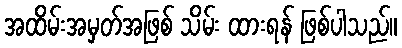
အထိမ်းအမှတ်အဖြစ် သိမ်း ထားရန် ဖြစ်ပါသည်။